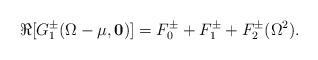
LaTeX: \begin{align*}\Re[G_1^\pm(\Omega-\mu,{\mathbf 0})]=F_0^\pm +F_1^\pm +F_2^\pm(\Omega^2).\end{align*}